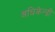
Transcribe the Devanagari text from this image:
अधिकेन्द्री